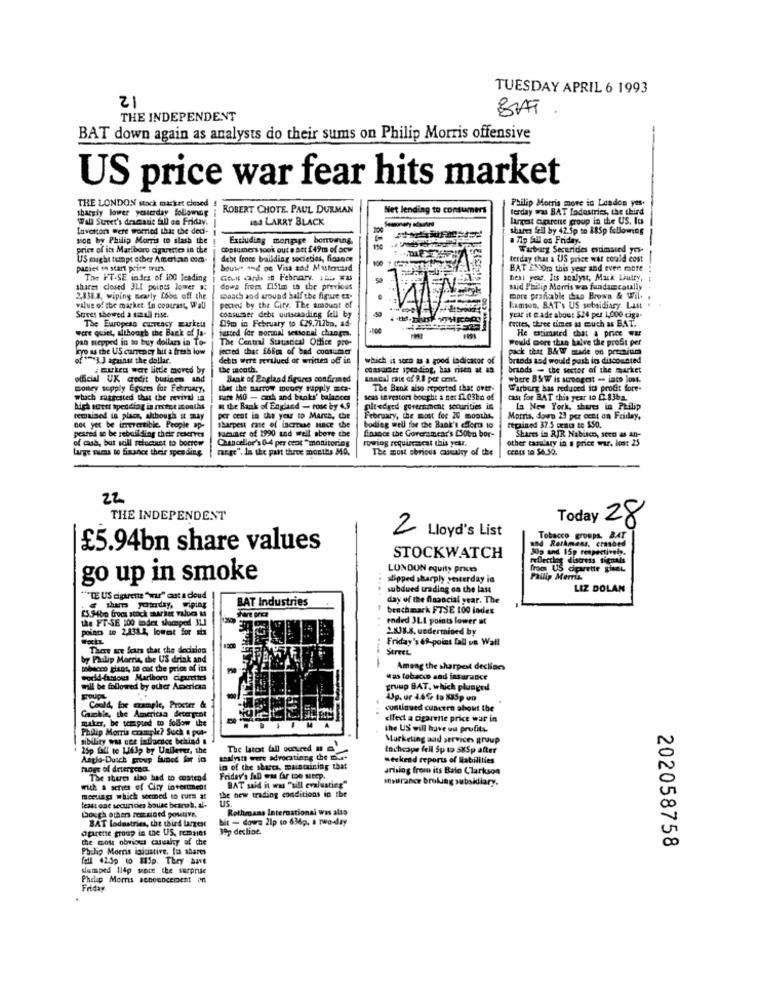
TUESDAY APRIL 6 1993
21
BRAT
THE INDEPENDENT
BAT down again as analysts do their sums on Philip Morris offensive
US price war fear hits market
sharely lower yesterday followog
THE LONDON stock market closed
ROBERT CHOTE. PAUL DURMAN
Net lending to consu
terday was BAT Industries, the third
Philip Morris more in Loaden yes.
Wall Suret's dramatic fall on Friday.
and LARRY BLACK
largest cirene group in the US. It
Invoiton wert worried that the ded-
shares fell by 42.5p so 88Sp following
sion by Philip Morris to slash the
Excluding mongage borrowing
a 71p fall on Friday.
price of its Marlboro cigarettes in the
Costumers took out a att f 49m of ocw
Warburg Securides estimated yes-
US might temps other American com
debt from building societies, finance
terday that a US price war could cost
paties en start prire mars.
bouwer and oe Visa and Mustercard
BAT 2Nom this year and even more
The FT.SE index of 1OG leading
Geel sanh : Febnary. I= =
next year. Its analyst, Mark Lutry,
shares closed 31.1 points lower a:
dowa freps Elst in the previous
said Philip Morris was fundamcatally
2,838.3, wiping nearly fobe off the
Death and wound half the figure ex-
more praficable han Brown & Wil.
value of the market. In contrast, Wall
pected by the City. The amount of
Lamson. BAT's US subsidiary. Last
Street showed a small rise.
consumer debt outstanding fell by
09m in February to £29.717bo, ad-
year it e ade about $24 per 1,000 ciga-
tuttes, three times as much as BAT.
were quiet, although the Back of Ja-
The Europese curacy gurkeu
justed for mormal setsonal changes.
He estimated chat a price war
pan nepped in to buy dollars in To-
The Central Statistical Office pro-
would more than halve the profit per
kyo as the US currency hit a fresh low
jected that f68m of bad coutume
pack thut B&W made on premium
of *** 3 ] against the dollar.
debts were revalued or written off in
which is somn ta a good indicator of
brands tod would push ins discounted
marken were little moved by
the mooth.
casarstr spending, has risen at as
brands - the sector of the market
official UK credit business and
Bank of Bagland figures confirmed
Annual cate of 9.8 per cent.
where BSW is scroogeit - isto lost.
money supply Egures for February,
that the narrow money supply =ca-
The Bank also reported that over-
Warburg has reduced its proft fore-
which suggested that the revival 1a
taks' balances
cas IErestons bought a net fl03bn of
cast for BAT this year to 0.83bg.
high scott spending in mitet months
at the Bank of England - rose by 4.9
gilt -edged government securities in
La New York, shues in Philip
remained in place, although it may
per cent in the year to March, the
February, the most for 20 months,
Morris, down 23 per cent on Friday,
not yet be imerertible. People ap-
saminer of 1990 and well above the
sharpest case of facrae since the
boding well for the Bank's effort to
finance the Government's £Sobu bor-
peared sc be rebuilding their reserves
of cash, but still reluctant to borrow
Chancellor's 0-4 per cent "monitoring
rowing requiscacat this year.
other casalary in a price war. los: 25
Shares in RJR Nabisco, soro as an-
Large sums to finance their spen ding
Farge", Is the past three months MO,
The most sbrious anualry of the
22
THE INDEPENDENT
Today 28
2
Lloyd's List
and Rerkmans, crashed
Tobacco groups. BAT
£5.94bn share values
30g and 15p respectiveh.
STOCKWATCH
LONDON equity prices
reflecting distress signale
from US cigarette gine
go up in smoke
slipped sharply yesterday in
Philip Morris
subdued trading on the last
LIZ DOLAN
"T US cigarette "nur" cat a cloud
BAT Industries
day of the financial year. The
£5 Hbp from stock market values &
benchmark FTSE 100 index
the FT-SE 100 todet slumped 31.1
ended 31.1 points lower ut
points to 2,331.2, lowest for six
2.X8.8, undermined by
Friday's 69-point fall us Wall
There we fears that the decision
by Philip Morris, the US drink and
---
tolecco giant, to cut the price of its
Among the sharpest declines
world-famous Marlboro cigarettes
was tobacco and insurance
will be followed by other American
gruup BAT, which plunged
groups
Chold, for example, Procter &
continued cuncera about the
Gazchie, the Americsa deterprot
MA
clfect a cigarette price war in
the US will have ou prufits
sibility was cee influence behind .
Marketing and services group
25p fall to Lidlp by Unilever, the
The latest fall occured # my
Inchcape fell Sp to SKSp after
N
Anglo-Dusch group funct for io
Lalyst were advocatiang the m.t.
weekend reports of liabilities
in of the shares, maintaining that
arising from its Bain Clarkson
The shares also had to coatend
Friday's fal was far too step.
meurance broking subsidiary.
0
with a series of City investment
BAT said it was "sill evaluating"
meeting which seemed to turn at
Us.
the new trading conditions in the
least one securities Souse bcsruh. al-
Rothmans International was also
though others remcigrd postive.
BAT ladastries, the third largest
bit - dowa 2lp to 636p. a two-day
aparente group in the US, remains
39p decline.
the most obvious casualty of the
Philip Morris iniciative. los abares
202058758
fell 42.5p 10 85p. They ant
slumped 114p since the surprise
Philip Moms seneencersent on
Friday